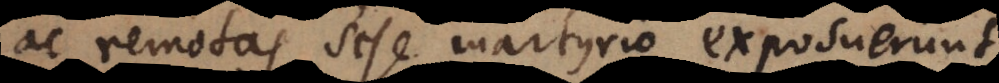
ac remotas sese martyrio exposuerunt,